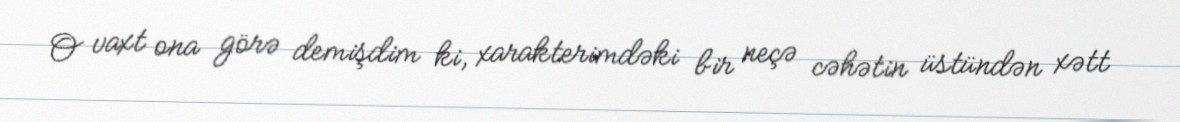
O vaxt ona görə demişdim ki, xarakterimdəki bir neçə cəhətin üstündən xətt